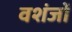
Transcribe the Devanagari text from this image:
वशंजों